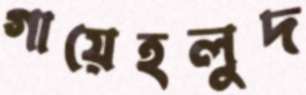
গায়েহলুদ